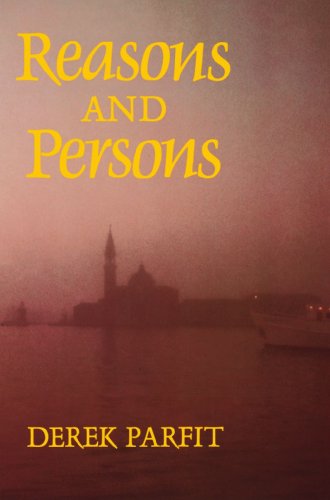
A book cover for Reasons and Persons; Derek Parfit; Politics & Social Sciences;